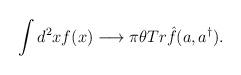
LaTeX: \begin{align*}\int d^2xf(x) \longrightarrow \pi \theta Tr\hat{f}(a,a^\dagger).\end{align*}